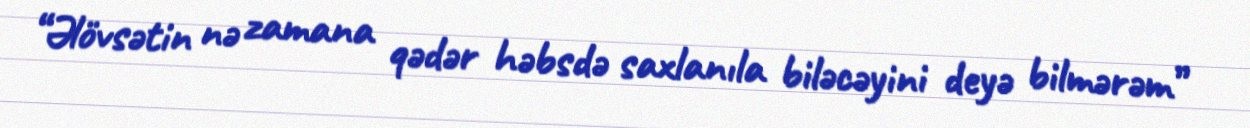
“Əlövsətin nə zamana qədər həbsdə saxlanıla biləcəyini deyə bilmərəm”